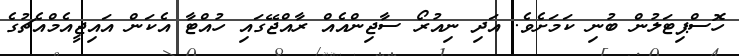
ހޮސްޕިޓަލުން ބުނި ކަމަށެވެ. އަދި ނިއުރޯ ސާޖިންއެއް ރާއްޖޭގައި ހުއްޓާ އެކަން އައިޖީއެމްއެޗުގެ